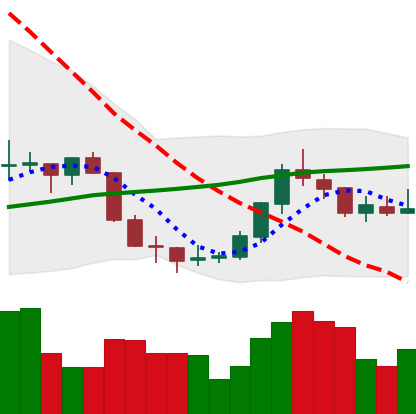
Ticker: EOS-USD
Chart end date: 2018-07-23
Forward return: 4.48%
Label: up_3_5